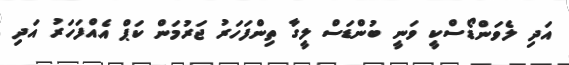
އަދި ލެވަންޑޯސްކީ ވަނީ ބުންޑަސް ލީގާ ތިންފަހަރު ޖަރުމަން ކަޕް އެއްފަހަރު އަދި